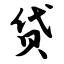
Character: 贷